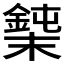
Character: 𰼼